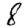
Digit: 8